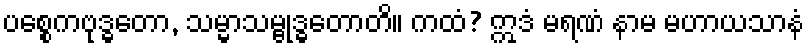
ပစ္စေကဗုဒ္ဓတော, သမ္မာသမ္ဗုဒ္ဓတောတိ။ ကထံ? ဣဒံ မရဏံ နာမ မဟာယသာနံ